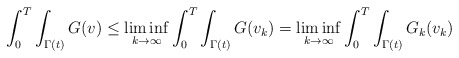
\begin{align*}\int_0^T \int_{\Gamma(t)}G(v) &\leq \liminf_{k \to \infty} \int_0^T \int_{\Gamma(t)}G(v_k) = \liminf_{k \to \infty} \int_0^T \int_{\Gamma(t)}G_k(v_k)\end{align*}